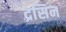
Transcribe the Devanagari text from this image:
द्रसिन